system: You are a helpful assistant.
user:
Analyze the provided spectrum to determine if it is a **"Cataclysmic Variables (CV)"**.

- **Key Indicators for CV (Check for either state):**
    - **State 1: Quiescent / Low-State (Emission-Dominated)**
        - **(Primary):** Strong and *very broad* Hydrogen Balmer emission lines (e.g., $H\alpha$ at 6563 Å, $H\beta$ at 4861 Å). The 'broadness' (high velocity dispersion, often FWHM > 1000 km/s) is the key diagnostic, indicating a high-velocity accretion disk.
        - **(Secondary):** Broad neutral Helium (He I) emission lines (e.g., 5876 Å, 6678 Å).
        - **(Key Confirmation):** Presence of high-excitation *ionized* Helium (He II) emission at 4686 Å. This is a strong indicator of accretion onto a white dwarf.
        - **(Line Profile):** Emission lines may exhibit a 'double-peaked' profile, which is a classic signature of a rotating accretion disk viewed at high inclination.

    - **State 2: Outburst / High-State (Absorption-Dominated)**
        - **(Primary):** Spectrum is dominated by a bright, blue continuum (looks like a hot star).
        - **(Secondary):** The emission lines from State 1 are weak, absent, or 'filled in', and are replaced by broad, shallow *absorption* lines (primarily Balmer and He I).
        - **(Morphology):** The overall spectrum mimics a hot B/A-type star. The crucial difference is that the absorption lines are significantly broader, shallower, and more 'washed-out' (or 'smeared') than the sharp lines of a normal stellar photosphere, due to high rotational speeds and pressure broadening in the disk.

Think first, call **spectral_visualization_tool** if needed to examine features in detail, then provide your final answer. Your response must adhere to the following strict rules:
1.  **Overall Structure:** Your response must follow the format `<think>...</think> <tool_call>...</tool_call> (if a tool is used) <answer>...</answer>`.
2.  **Tool Usage Constraint:** You may only make **one** tool call per turn.
3.  **Final Answer Format:** In the `<answer>` tag, your conclusion must be inside a `\boxed{}` command (e.g., `\boxed{YES}`), followed by your justification.

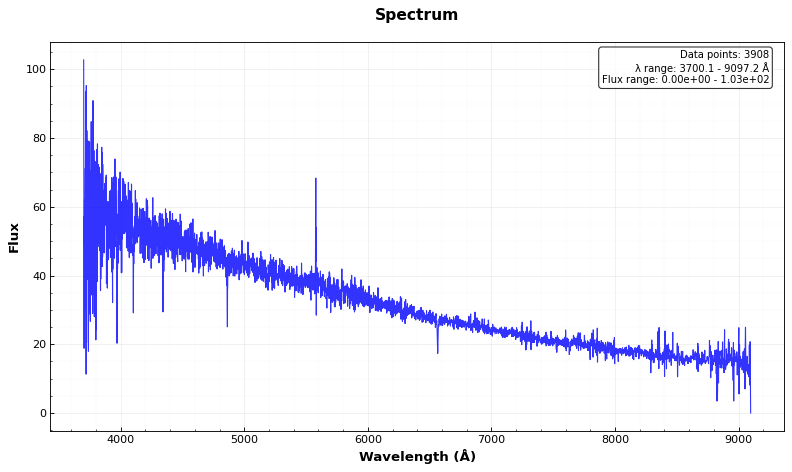
Answer: NO